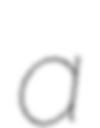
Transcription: a